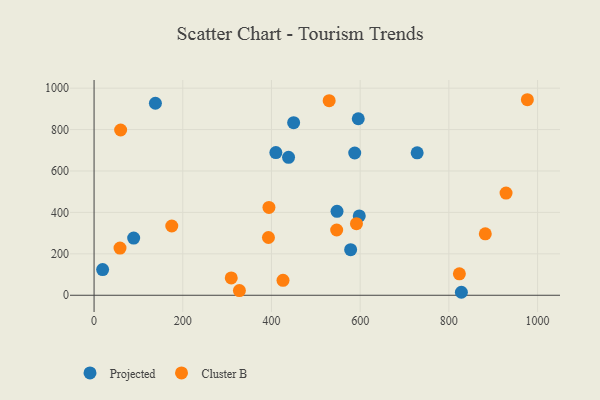
{"axis": {"x": "Distance", "y": "Yield"}, "legend": ["Cluster B", "Projected"], "data": [{"x": "138.3", "y": 927.2, "type": "Projected"}, {"x": "409.9", "y": 689.0, "type": "Projected"}, {"x": "595.7", "y": 852.3, "type": "Projected"}, {"x": "438.5", "y": 666.1, "type": "Projected"}, {"x": "598.0", "y": 383.2, "type": "Projected"}, {"x": "587.7", "y": 686.9, "type": "Projected"}, {"x": "828.2", "y": 14.4, "type": "Projected"}, {"x": "89.3", "y": 276.0, "type": "Projected"}, {"x": "19.3", "y": 123.8, "type": "Projected"}, {"x": "547.8", "y": 405.3, "type": "Projected"}, {"x": "578.5", "y": 220.0, "type": "Projected"}, {"x": "728.5", "y": 687.6, "type": "Projected"}, {"x": "450.0", "y": 833.5, "type": "Projected"}, {"x": "426.0", "y": 72.3, "type": "Cluster B"}, {"x": "928.9", "y": 493.3, "type": "Cluster B"}, {"x": "59.9", "y": 797.9, "type": "Cluster B"}, {"x": "393.2", "y": 278.9, "type": "Cluster B"}, {"x": "58.5", "y": 227.7, "type": "Cluster B"}, {"x": "591.6", "y": 345.4, "type": "Cluster B"}, {"x": "327.7", "y": 22.8, "type": "Cluster B"}, {"x": "823.7", "y": 103.4, "type": "Cluster B"}, {"x": "530.1", "y": 939.4, "type": "Cluster B"}, {"x": "175.2", "y": 334.3, "type": "Cluster B"}, {"x": "977.0", "y": 944.1, "type": "Cluster B"}, {"x": "394.3", "y": 424.2, "type": "Cluster B"}, {"x": "547.0", "y": 315.1, "type": "Cluster B"}, {"x": "882.1", "y": 296.4, "type": "Cluster B"}, {"x": "309.3", "y": 83.5, "type": "Cluster B"}]}